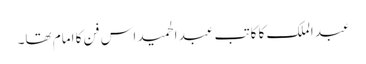
عبد الملک کا کاتب عبد الحمید اس فن کا امام تھا۔